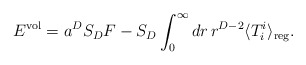
\begin{align*}E^{{\rm vol}}=a^{D}S_D F-S_D \int _{0}^{\infty } dr\, r^{D-2}\langle T_i^i\rangle _{{\rm reg}} . \end{align*}